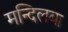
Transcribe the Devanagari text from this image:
मन्दिलबा